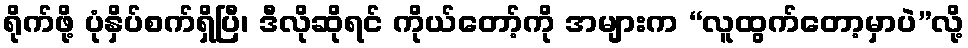
ရိုက်ဖို့ ပုံနှိပ်စက်ရှိပြီ၊ ဒီလိုဆိုရင် ကိုယ်တော့်ကို အများက “လူထွက်တော့မှာပဲ”လို့